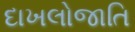
દાખલોજાતિ